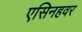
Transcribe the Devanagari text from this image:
एसिनहवर